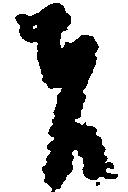
者